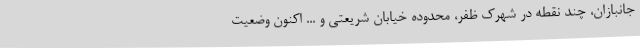
جانبازان، چند نقطه در شهرک ظفر، محدوده خیابان شریعتی و ... اکنون وضعیت